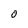
Character: 0